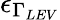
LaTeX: \epsilon_{\Gamma_{LEV}}